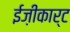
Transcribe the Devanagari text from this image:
ईज़ीकार्ट